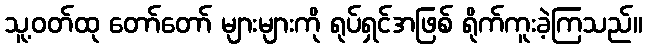
သူ့ဝတ်ထု တော်တော် များများကို ရုပ်ရှင်အဖြစ် ရိုက်ကူးခဲ့ကြသည်။